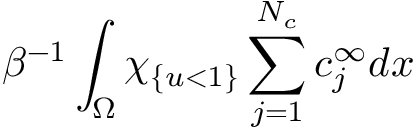
\beta ^ { - 1 } \int _ { \Omega } \chi _ { \{ u < 1 \} } \sum _ { j = 1 } ^ { N _ { c } } c _ { j } ^ { \infty } d x